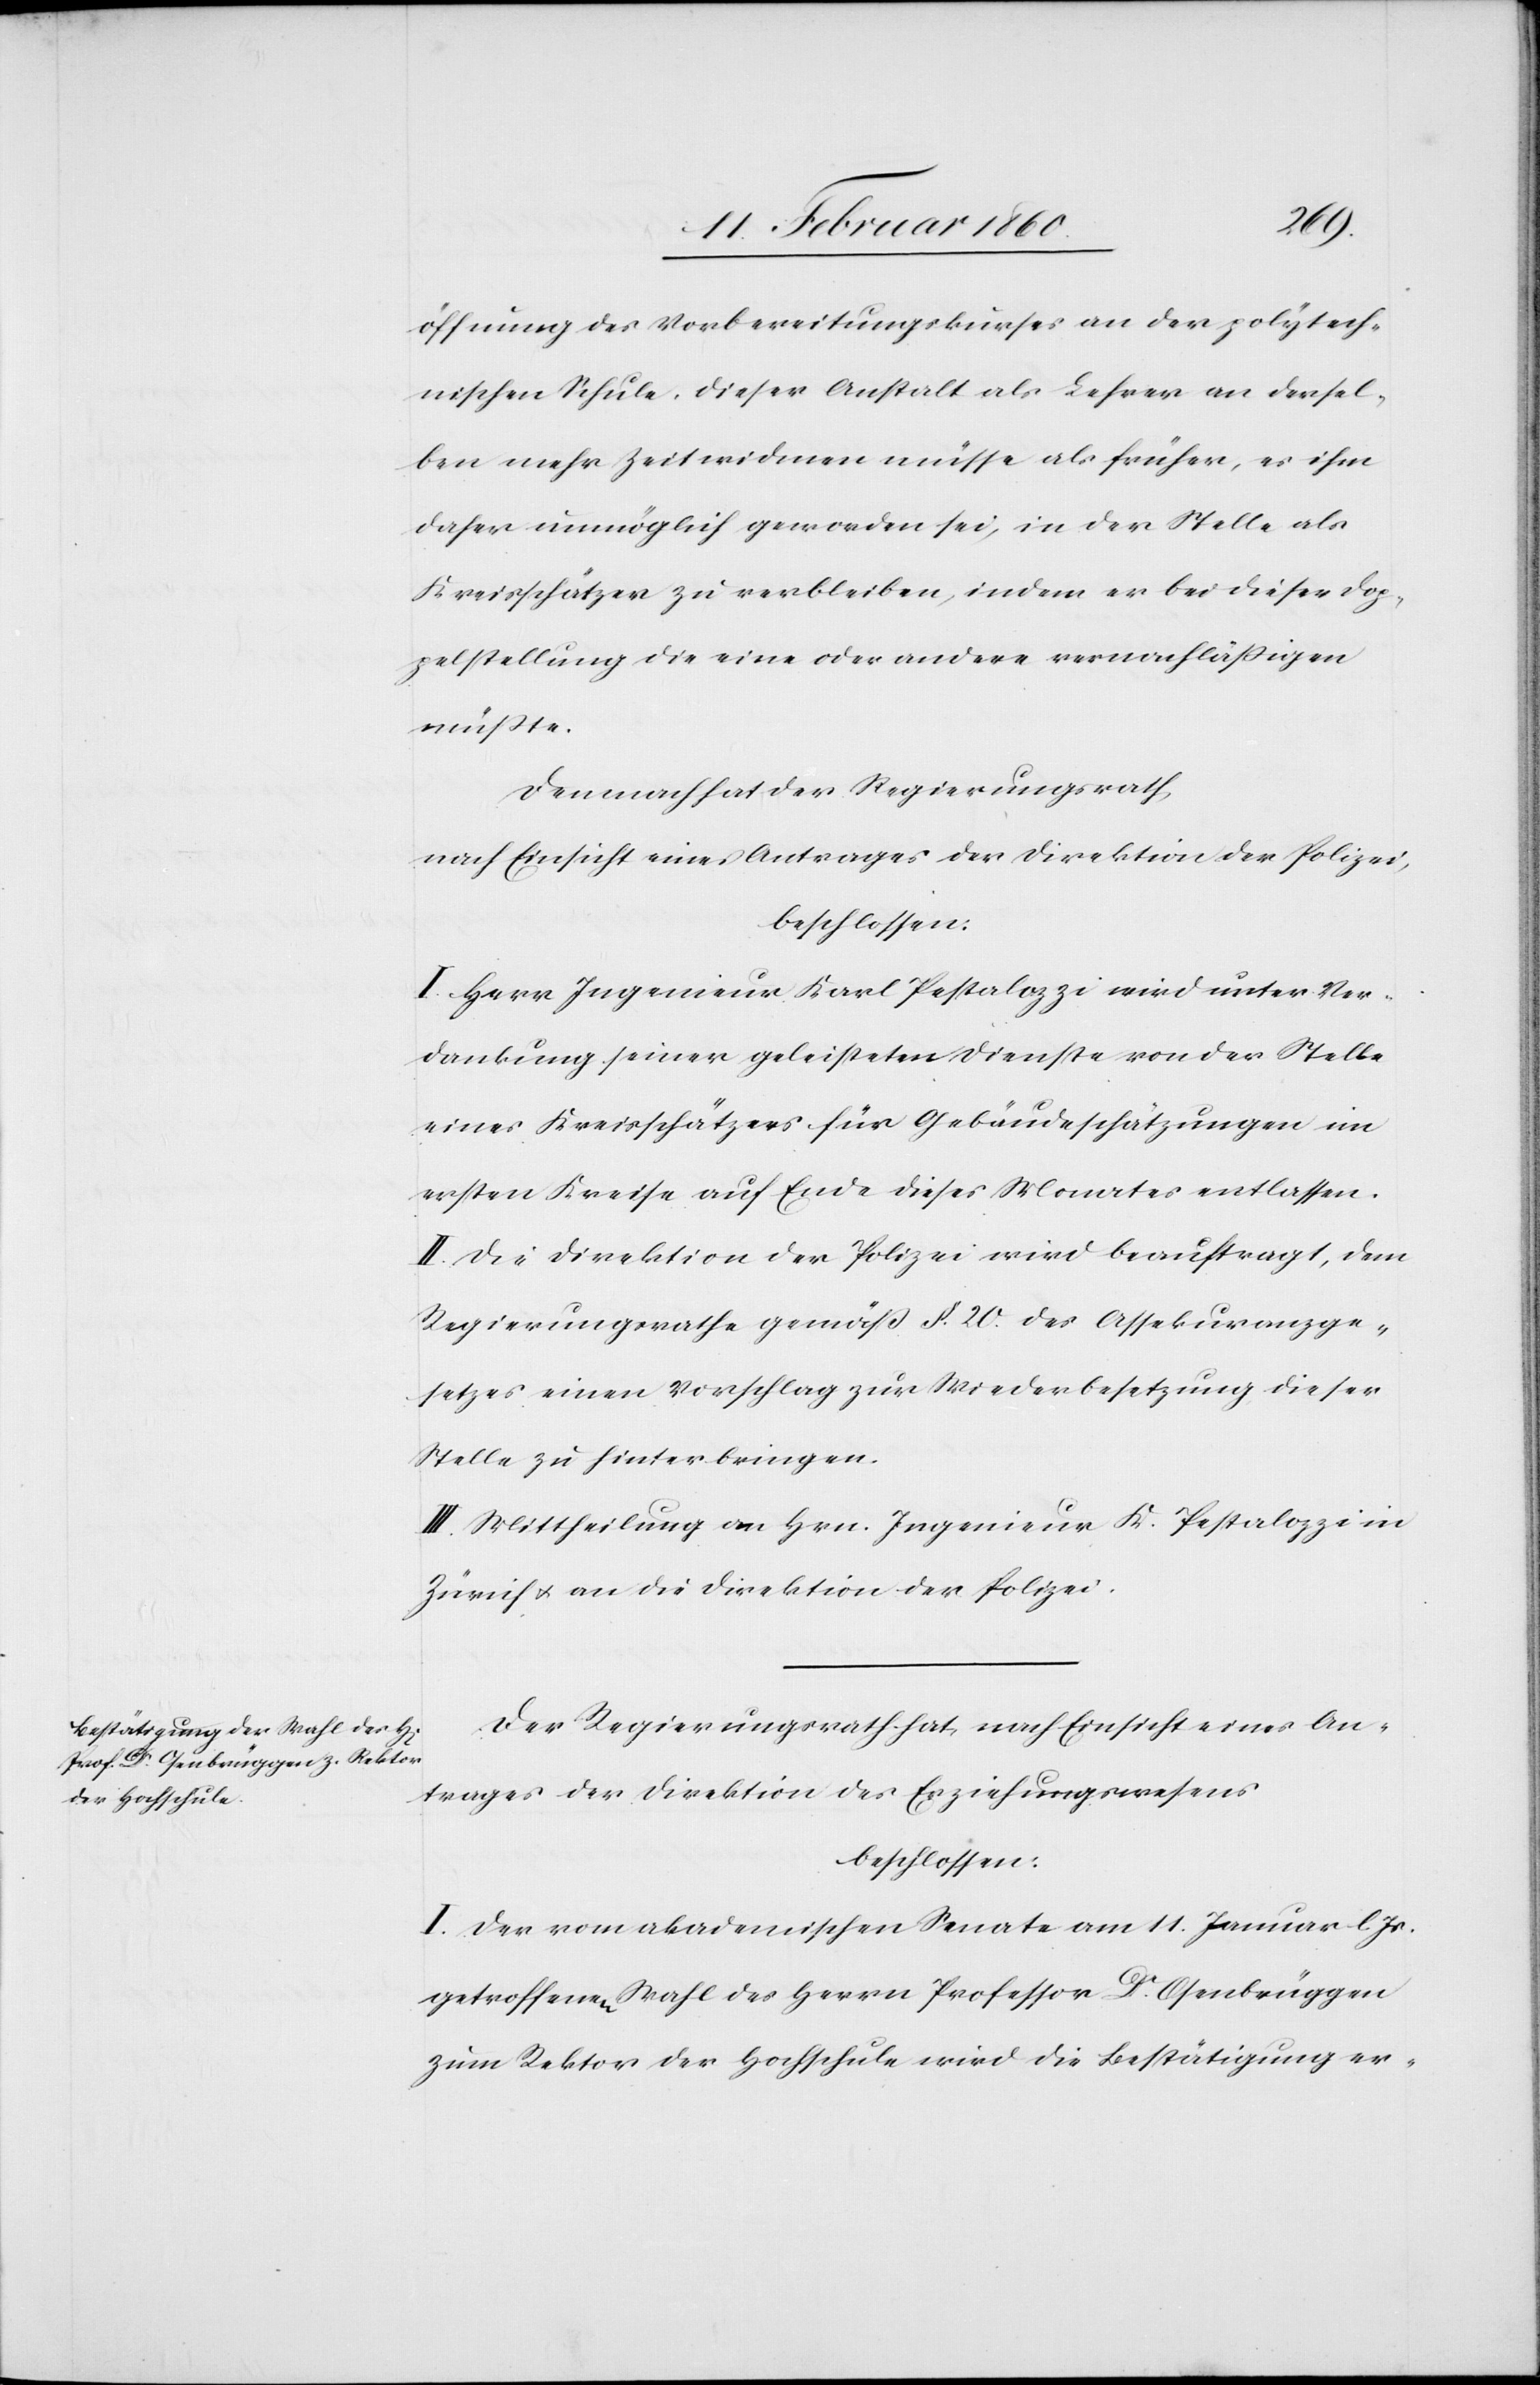
öffnung des Vorbereitungskurses an der polytech¬
nischen Schule, dieser Anstalt als Lehrer an dersel¬
ben mehr Zeit widmen müsse als früher, es ihm
daher unmöglich geworden sei, in der Stelle als
Kreisschätzer zu verbleiben, indem er bei dieser Dop¬
pelstellung die eine oder andere vernachlässigen
müsste.
Demnach hat der Regierungsrath,
nach Einsicht eines Antrages der Direktion der Polizei
beschlossen.
I. Herr Ingenieur Karl Pestalozzi wird unter Ver¬
dankung seiner geleisteten Dienste von der Stelle
eines Kreisschätzers für Gebäudeschätzungen im
ersten Kreise auf Ende dieses Monates entlassen.
II. Die Direktion der Polizei wird beauftragt, dem
Regierungsrathe gemäß §. 20. des Assekuranzge¬
setzes einen Vorschlag zur Wiederbesetzung dieser
Stelle zu hinterbringen.
III. Mittheilung an Hrn. Ingenieur K. Pestalozzi in
Zürich u. an die Direktion der Polizei.
Der Regierungsrath hat, nach Einsicht eines An¬
trages der Direktion des Erziehungswesens
I. Der vom akademischen Senate am 11. Januar l.
getroffenen Wahl des Herrn Professor Dr Osenbrüggen
zum Rektor der Hochschule wird die Besättigung er-